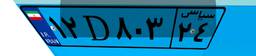
۸۸D۶۶۵۵۹